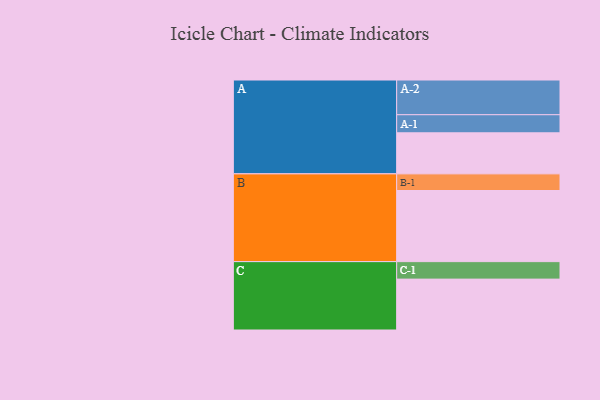
{"axis": {"x": "Segment", "y": "Value"}, "legend": ["", "A", "B", "C"], "data": [{"x": "A", "y": 343, "type": ""}, {"x": "B", "y": 594, "type": ""}, {"x": "C", "y": 425, "type": ""}, {"x": "A-1", "y": 151, "type": "A"}, {"x": "A-2", "y": 290, "type": "A"}, {"x": "B-1", "y": 139, "type": "B"}, {"x": "C-1", "y": 146, "type": "C"}]}